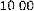
10.00